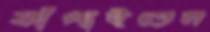
ফাঁপাইতেন